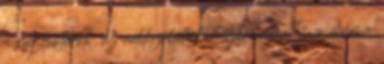
a kapcsolatok, az addig betöltött szerepek. Ez a dráma